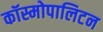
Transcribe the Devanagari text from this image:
कॉस्मोपालिटन